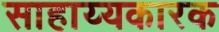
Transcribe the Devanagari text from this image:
साहाय्यकारक